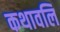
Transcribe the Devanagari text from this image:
कथावलि